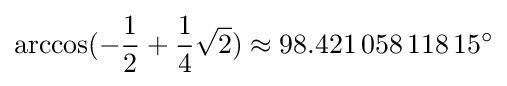
\arccos(-{\frac {1}{2}}+{\frac {1}{4}}{\sqrt {2}})\approx 98.421\,058\,118\,15^{\circ }